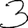
Digit: 3